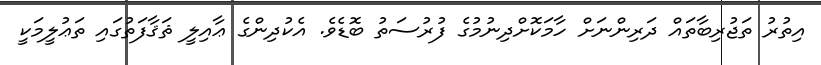
އިތުރު ތަޖުރިބާތައް ދަރިންނަށް ހާމަކޮށްދިނުމުގެ ފުރުސަތު ބޮޑެވެ. އެކުދިންގެ ޢާއިލީ ޘަޤާފަތުގައި ތަޢުލީމަކީ